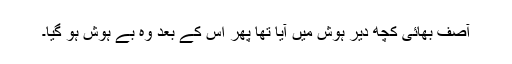
آصف بھائی کچھ دیر ہوش میں آیا تھا پھر اس کے بعد وہ بے ہوش ہو گیا۔